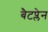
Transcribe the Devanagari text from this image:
बैटप्लेन